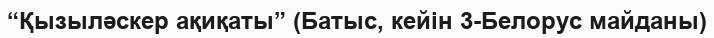
“Қызыләскер ақиқаты” (Батыс, кейін 3-Белорус майданы)